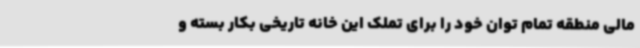
مالی منطقه تمام توان خود را برای تملک این خانه تاریخی بکار بسته و